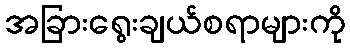
အခြားရွေးချယ်စရာများကို